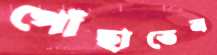
পোঁছাতেন